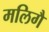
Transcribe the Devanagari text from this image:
मलिगै